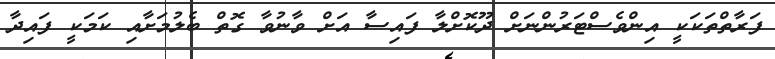
ފަރާތްތަކަކީ އިންވެސްޓަރުންނަށް ދޫކޮށްލާ ފައިސާ އަށް ވާނުވާ ގޮތް ބެލުމަށާއި ކަމަކީ ފައިދާ